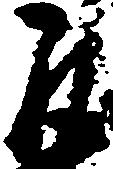
取